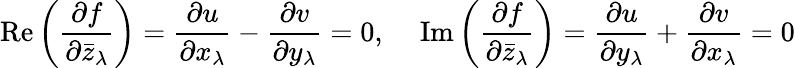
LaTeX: \operatorname{Re}{\biggl(}{\frac{\partial f}{\partial{\bar{z}}_{\lambda}}}{\biggr)}={\frac{\partial u}{\partial x_{\lambda}}}-{\frac{\partial v}{\partial y_{\lambda}}}=0,\ \ \ \ \operatorname{Im}{\biggl(}{\frac{\partial f}{\partial{\bar{z}}_{\lambda}}}{\biggr)}={\frac{\partial u}{\partial y_{\lambda}}}+{\frac{\partial v}{\partial x_{\lambda}}}=0